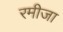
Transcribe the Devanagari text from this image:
रमीजा